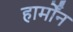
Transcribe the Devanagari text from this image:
हार्मोंन